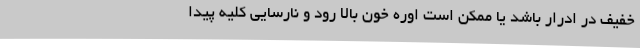
خفیف در ادرار باشد یا ممکن است اوره خون بالا رود و نارسایی کلیه پیدا